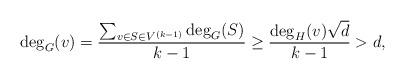
LaTeX: \begin{align*} \deg_G(v)= \frac{\sum_{v \in S \in V^{(k-1)}}\deg_G(S)}{k-1}\geq \frac{\deg_H(v)\sqrt{d}}{k-1}>d,\end{align*}